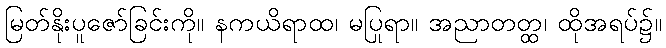
မြတ်နိုးပူဇော်ခြင်းကို။ နကယိရာထ၊ မပြုရာ။ အညာတတ္ထ၊ ထိုအရပ်၌။